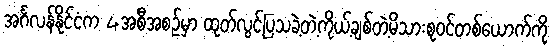
အင်္ဂလန်နိုင်ငံက 4အစီအစဉ်မှာ ထုတ်လွင့်ပြသခဲ့တဲ့ကိုယ့်ချစ်တဲ့မိသားစုဝင်တစ်ယောက်ကို